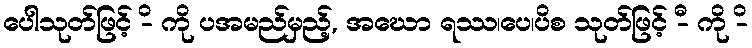
ပေါသုတ်ဖြင့် -ိ ကို ပအမည်မှည့်, အဃော ရဿ၊ပေ၊ပိစ သုတ်ဖြင့် -ီ ကို -ိ